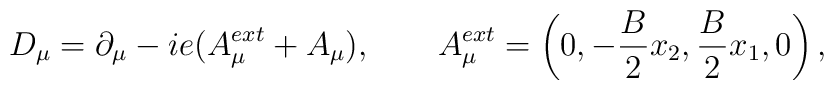
D_\mu=\partial_\mu-ie(A^{ext}_\mu+A_\mu),\qquad A^{ext}_\mu =\left(0,-\frac{B}{2} x_2 ,\frac{B}{2} x_1,0\right),